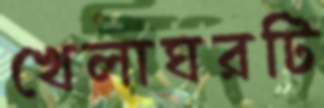
খেলাঘরটি